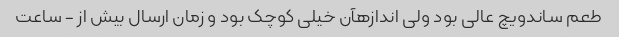
طعم ساندویچ عالی بود ولی اندازهآن خیلی کوچک بود و زمان ارسال بیش از - ساعت